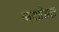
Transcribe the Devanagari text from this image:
कक्षोन्नत